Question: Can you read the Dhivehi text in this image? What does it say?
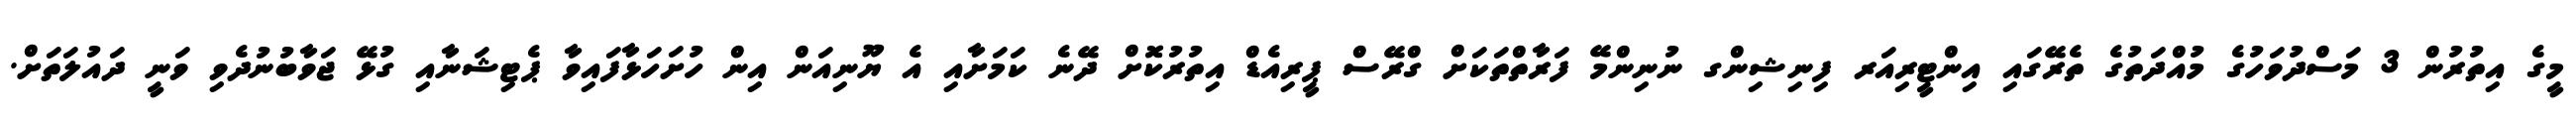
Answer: މީގެ އިތުރުން 3 މަސްދުވަހުގެ މުއްދަތުގެ ތެރޭގައި އިންޓީރިއަރ ފިނިޝިންގ ނުނިންމޭ ފަރާތްތަކަށް ގްރޭސް ޕީރިއެޑް އިތުރުކޮށް ދޭނެ ކަމަށާއި އެ ޔޫނިއަން އިން ހުށަހަޅާފައިވާ ޕެޓިޝަނާއި ގުޅޭ ޖަވާބުނުދެވި ވަނީ ދައުލަތަށް.